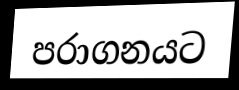
පරාගනයට